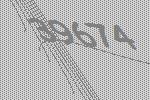
39674